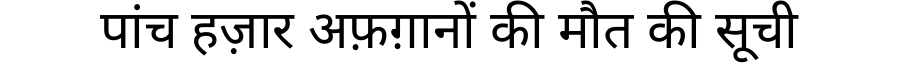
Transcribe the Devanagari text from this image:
पांच हज़ार अफ़ग़ानों की मौत की सूची